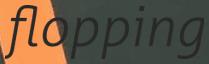
flopping